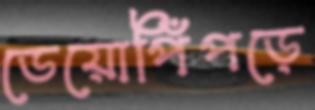
ডেয়োপিঁপড়ে